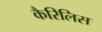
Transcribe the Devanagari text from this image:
कैरिलिस